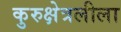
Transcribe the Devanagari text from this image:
कुरुक्षेत्रलीला